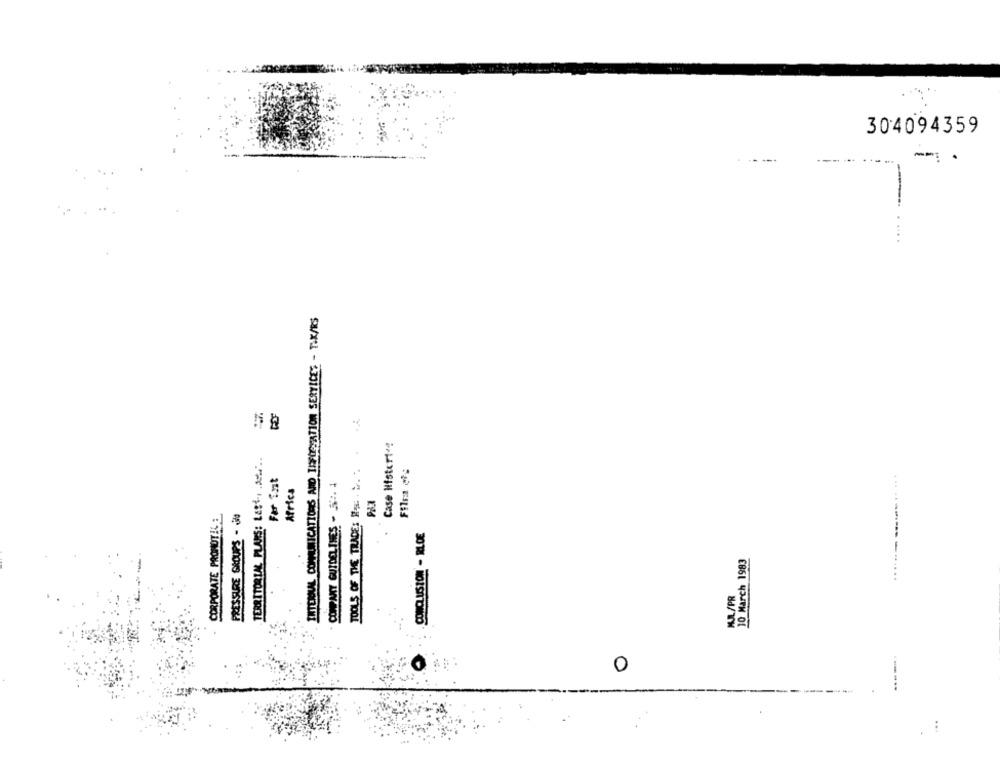
304094359
.....
INTERQUAL COMMUNICATIONS AND INFORMATION SERVICES - TAK/RS
TOOLS OF THE TRADE: RE . . . . ..
Case Mistort *!
TERRITORIAL PLANS: Last .. ........
Filsa #:
COMPANY GUIDELINES - 5 :. 4
Africa
CORPORATE PROMOTILE
CONCLUSION - RLOE
10 March 1983
MUL/PR
0
...